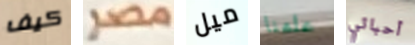
كيف مصر ميل علمنا أحبائي